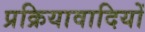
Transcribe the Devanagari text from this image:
प्रक्रियावादियों